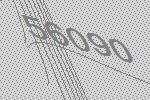
56090